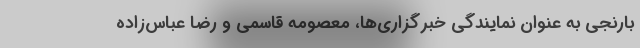
بارنجی به عنوان نمایندگی خبرگزاری‌ها، معصومه قاسمی و رضا عباس‌زاده